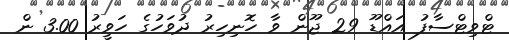
ޓްވިޓްސާފު އައްޑޫ 29 ޖޫން ވާ ހޮނިހިރު ދުވަހުގެ ހަވީރު 3.00 ން